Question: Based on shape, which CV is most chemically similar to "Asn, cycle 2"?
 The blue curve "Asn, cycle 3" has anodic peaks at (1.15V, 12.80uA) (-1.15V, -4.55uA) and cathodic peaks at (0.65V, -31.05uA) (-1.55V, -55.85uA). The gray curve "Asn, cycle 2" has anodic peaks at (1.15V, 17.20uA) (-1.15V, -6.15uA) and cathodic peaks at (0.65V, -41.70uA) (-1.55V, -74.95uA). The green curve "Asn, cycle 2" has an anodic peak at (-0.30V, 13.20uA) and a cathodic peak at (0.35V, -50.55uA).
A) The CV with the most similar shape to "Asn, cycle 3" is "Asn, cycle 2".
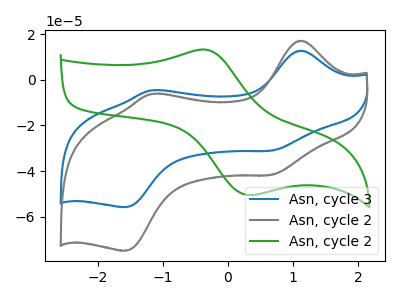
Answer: <think>All the peaks in "Asn, cycle 3" have a peak in "Asn, cycle 2" at the same potential. "Asn, cycle 3" and "Asn, cycle 2" have a different number of peaks. "Asn, cycle 2" and "Asn, cycle 2" have a different number of peaks.
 </think>
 <answer>A) The CV with the most similar shape to "Asn, cycle 3" is "Asn, cycle 2".</answer>
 <eval>A</eval>